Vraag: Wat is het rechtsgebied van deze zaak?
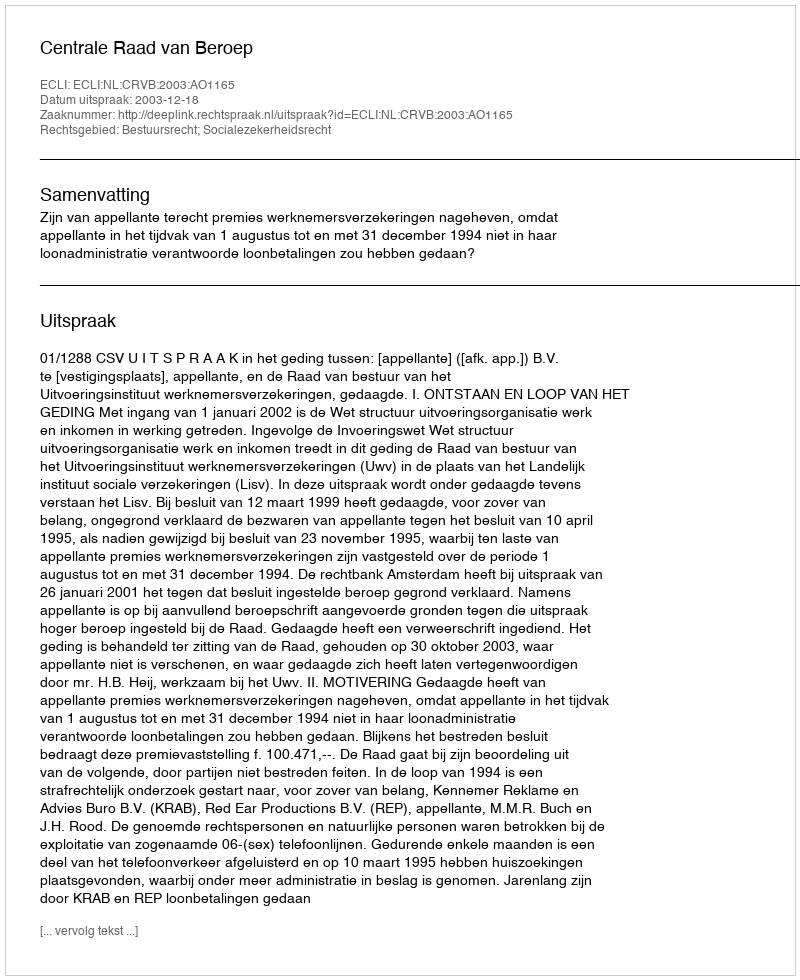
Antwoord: Bestuursrecht; Socialezekerheidsrecht